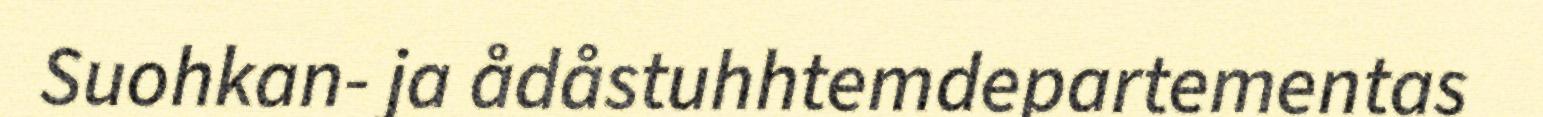
Suohkan- ja ådåstuhhtemdepartementas